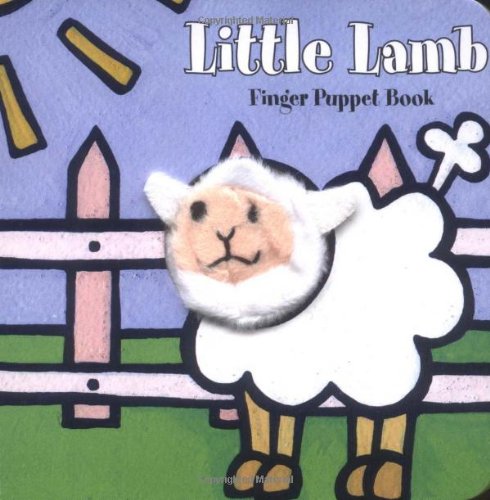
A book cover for Little Lamb: Finger Puppet Book (Little Finger Puppet Board Books); Chronicle Books; Children's Books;